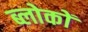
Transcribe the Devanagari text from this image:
ब्लोकों